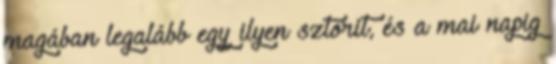
magában legalább egy ilyen sztorit, és a mai napig